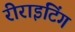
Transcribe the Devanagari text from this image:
रीराइटिंग